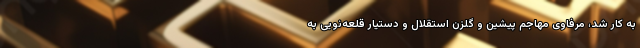
به کار شد، مرفاوی مهاجم پیشین و گلزن استقلال و دستیار قلعه‌نویی به